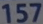
157